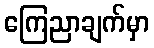
ကြေညာချက်မှာ